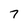
Character: 7